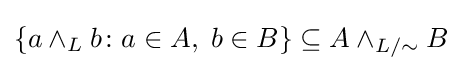
\{a\wedge _{L}b\colon a\in A,\;b\in B\}\subseteq A\wedge _{L/{\sim }}B